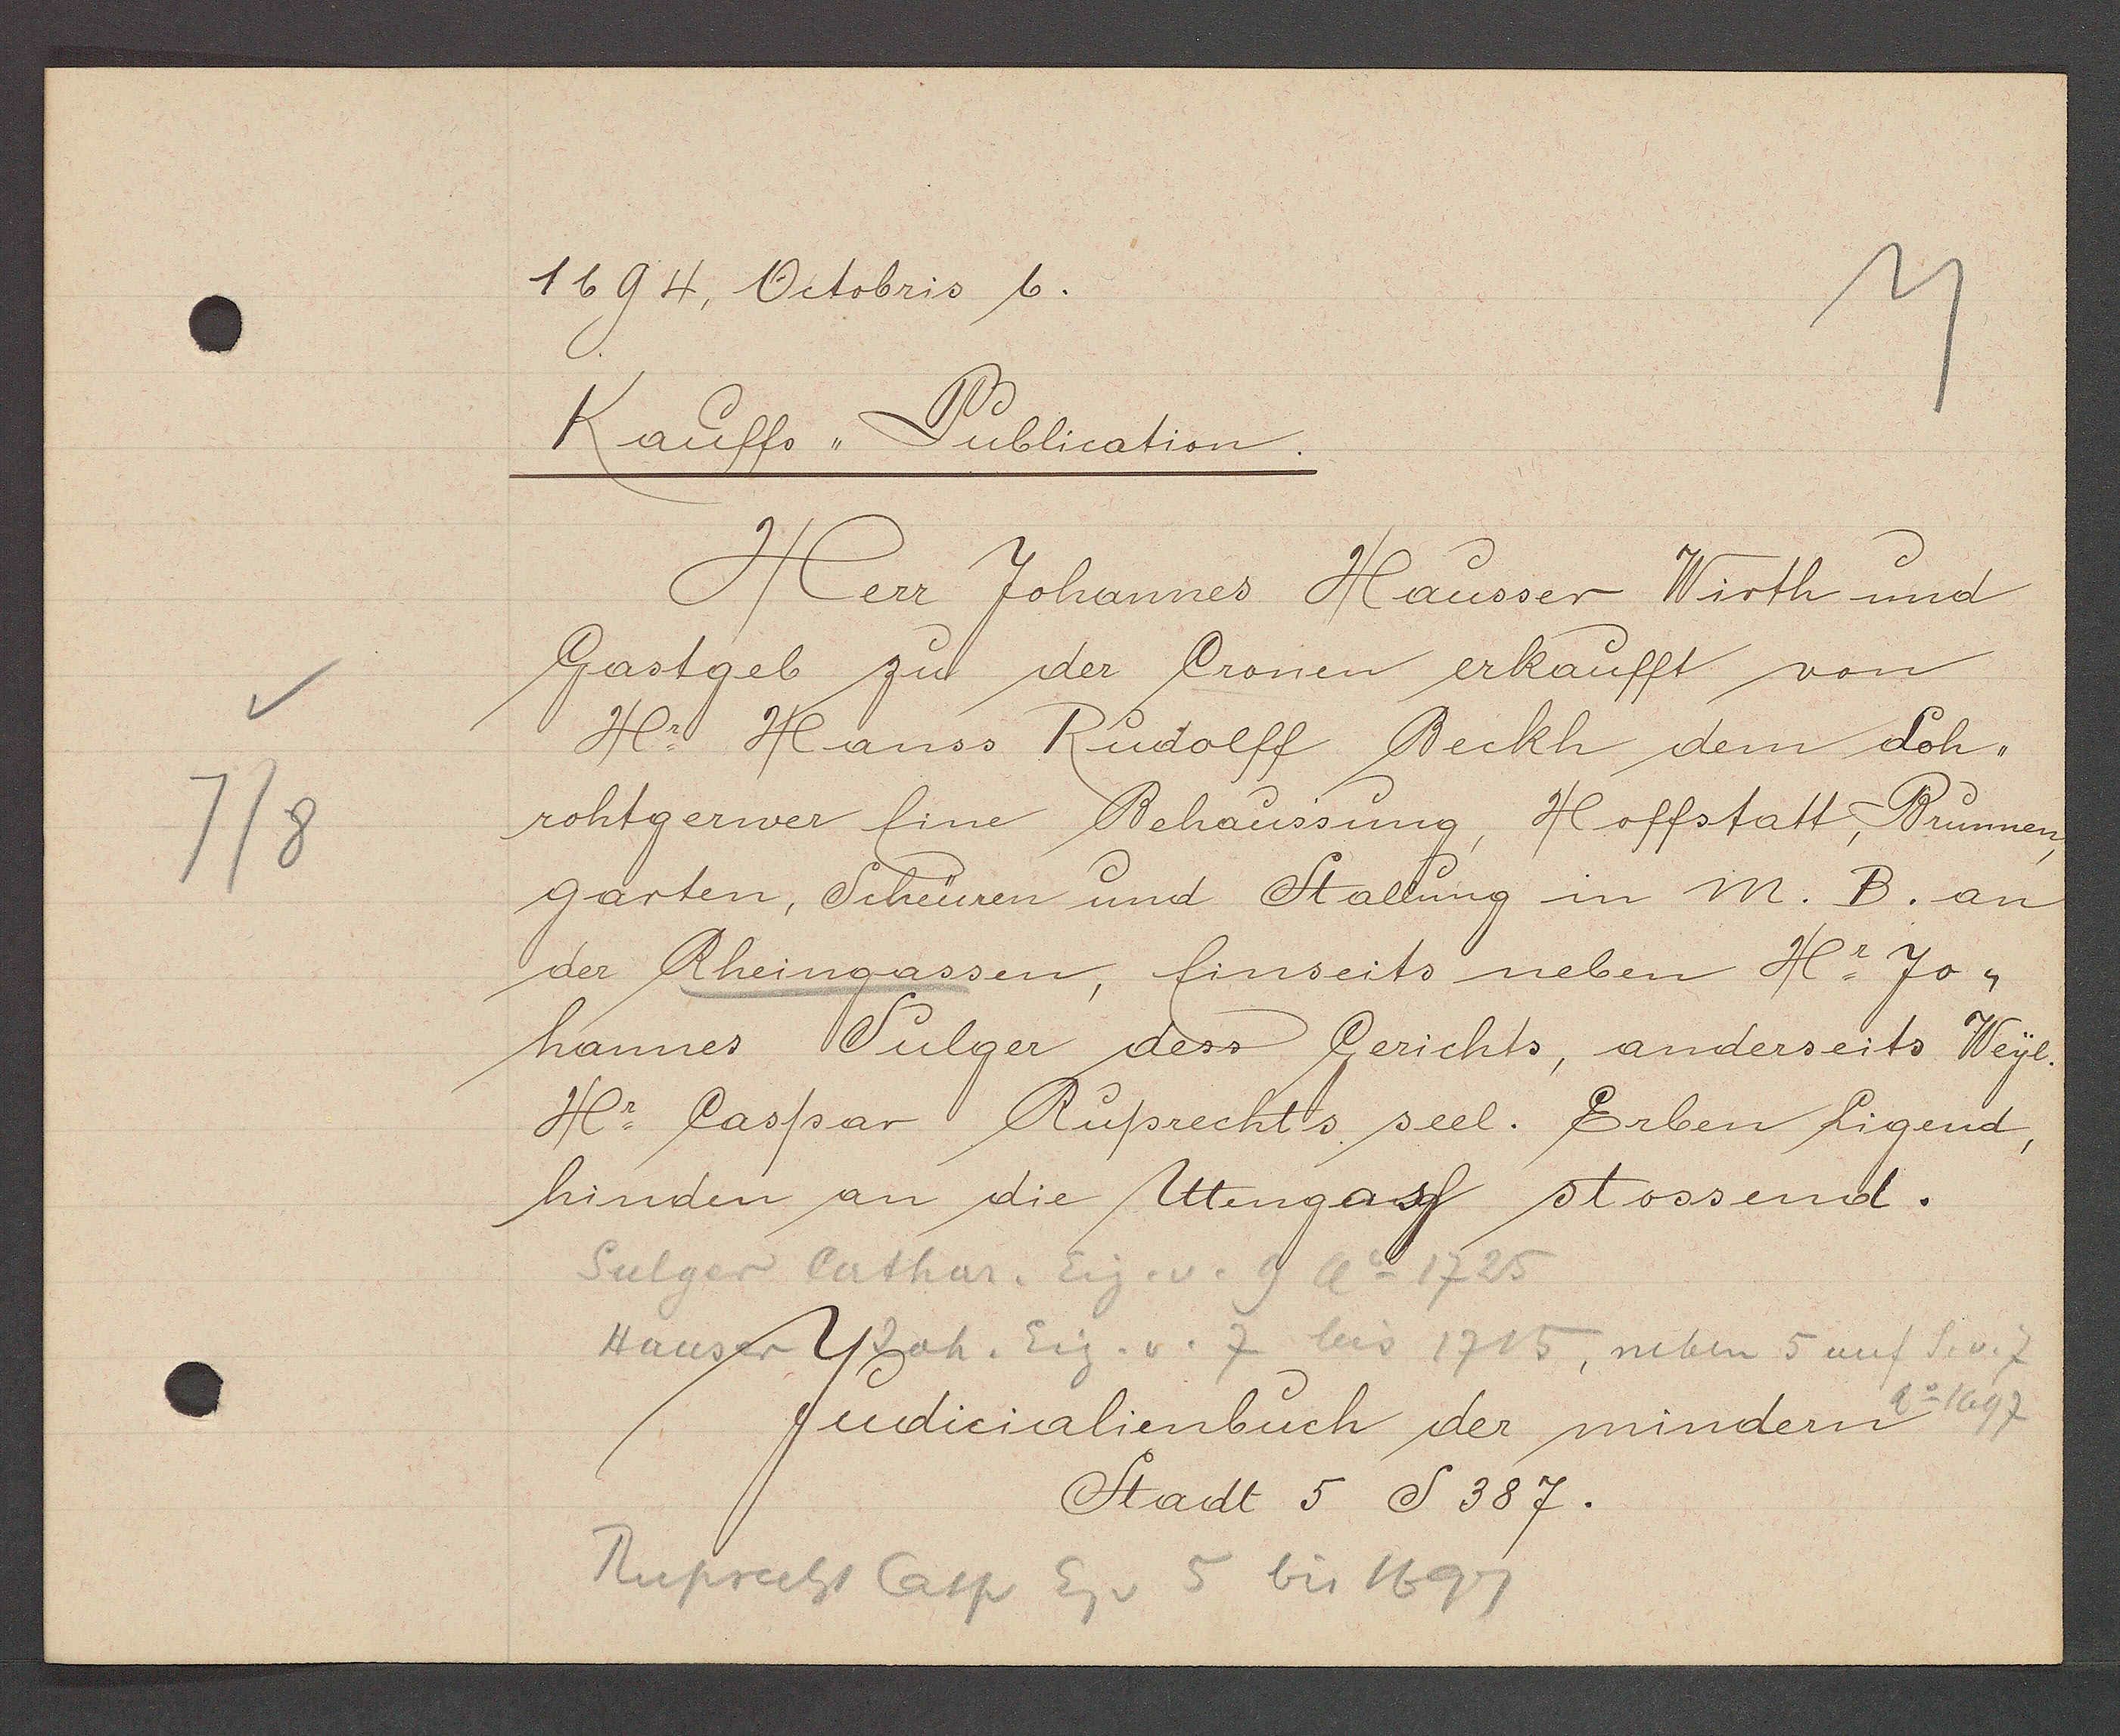
Transcript:
7/8

1694, Octobris 6.

Kauffs,, Publication.
Herr Johannes Hausser Wirth und
Gastgeb zu der Cronen erkaufft von
Hr. Hanss Rudolff Beckh dem Loh¬
rohtgerwer eine Behaussung, Hoffstatt, Brunnen,
garten, Scheüren und Stallung in M. B. an
der Rheingassen, einseits neben Hr. Jo-
hannes Sulger dess Gerichts, anderseits Weyl.
Hr. Caspar Ruprechts seel. Erben Ligend,
hinden an die Utengass stossend.

Sulger Cathar. Eig. v. 9 ao 1725
Hauser Joh. Eig. v. 7 bis 1715, neben 5 auf S. v. 7

Ruprecht Casp Eig v 5 bis 1697

Judicialienbuch der mindern
Stadt 5 S 387.